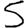
Digit: 5